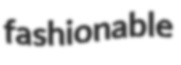
fashionable